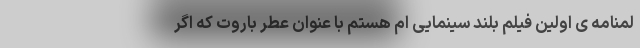
لمنامه ی اولین فیلم بلند سینمایی ام هستم با عنوان عطر باروت که اگر